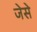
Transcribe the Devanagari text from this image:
ज॓स॓